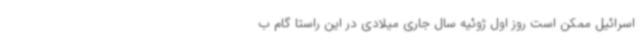
اسرائیل ممکن است روز اول ژوئیه سال جاری میلادی در این راستا گام ب